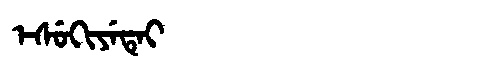
Manchu: ᡝᠰᡠᡴᡳᠶᡝᡨᡝᡳ
Romanization: ESUKIYETEI